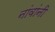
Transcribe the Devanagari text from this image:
नांवांनी